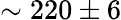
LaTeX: \sim 220\pm 6